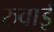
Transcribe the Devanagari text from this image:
रुवाई